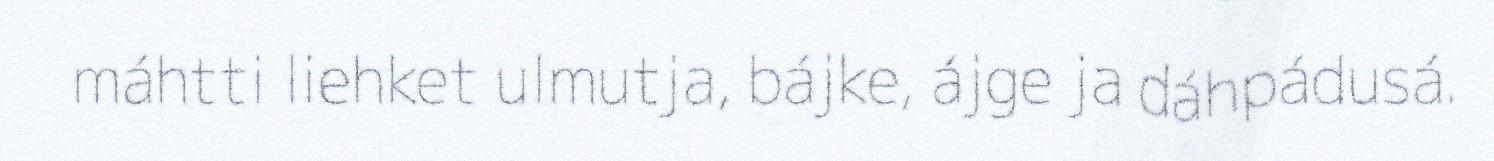
máhtti liehket ulmutja, bájke, ájge ja dáhpádusá.